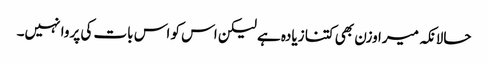
حالانکہ میرا وزن بھی کتنا زیادہ ہے لیکن اس کو اس بات کی پروا نہیں۔